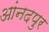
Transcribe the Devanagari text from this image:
आंनदपुर